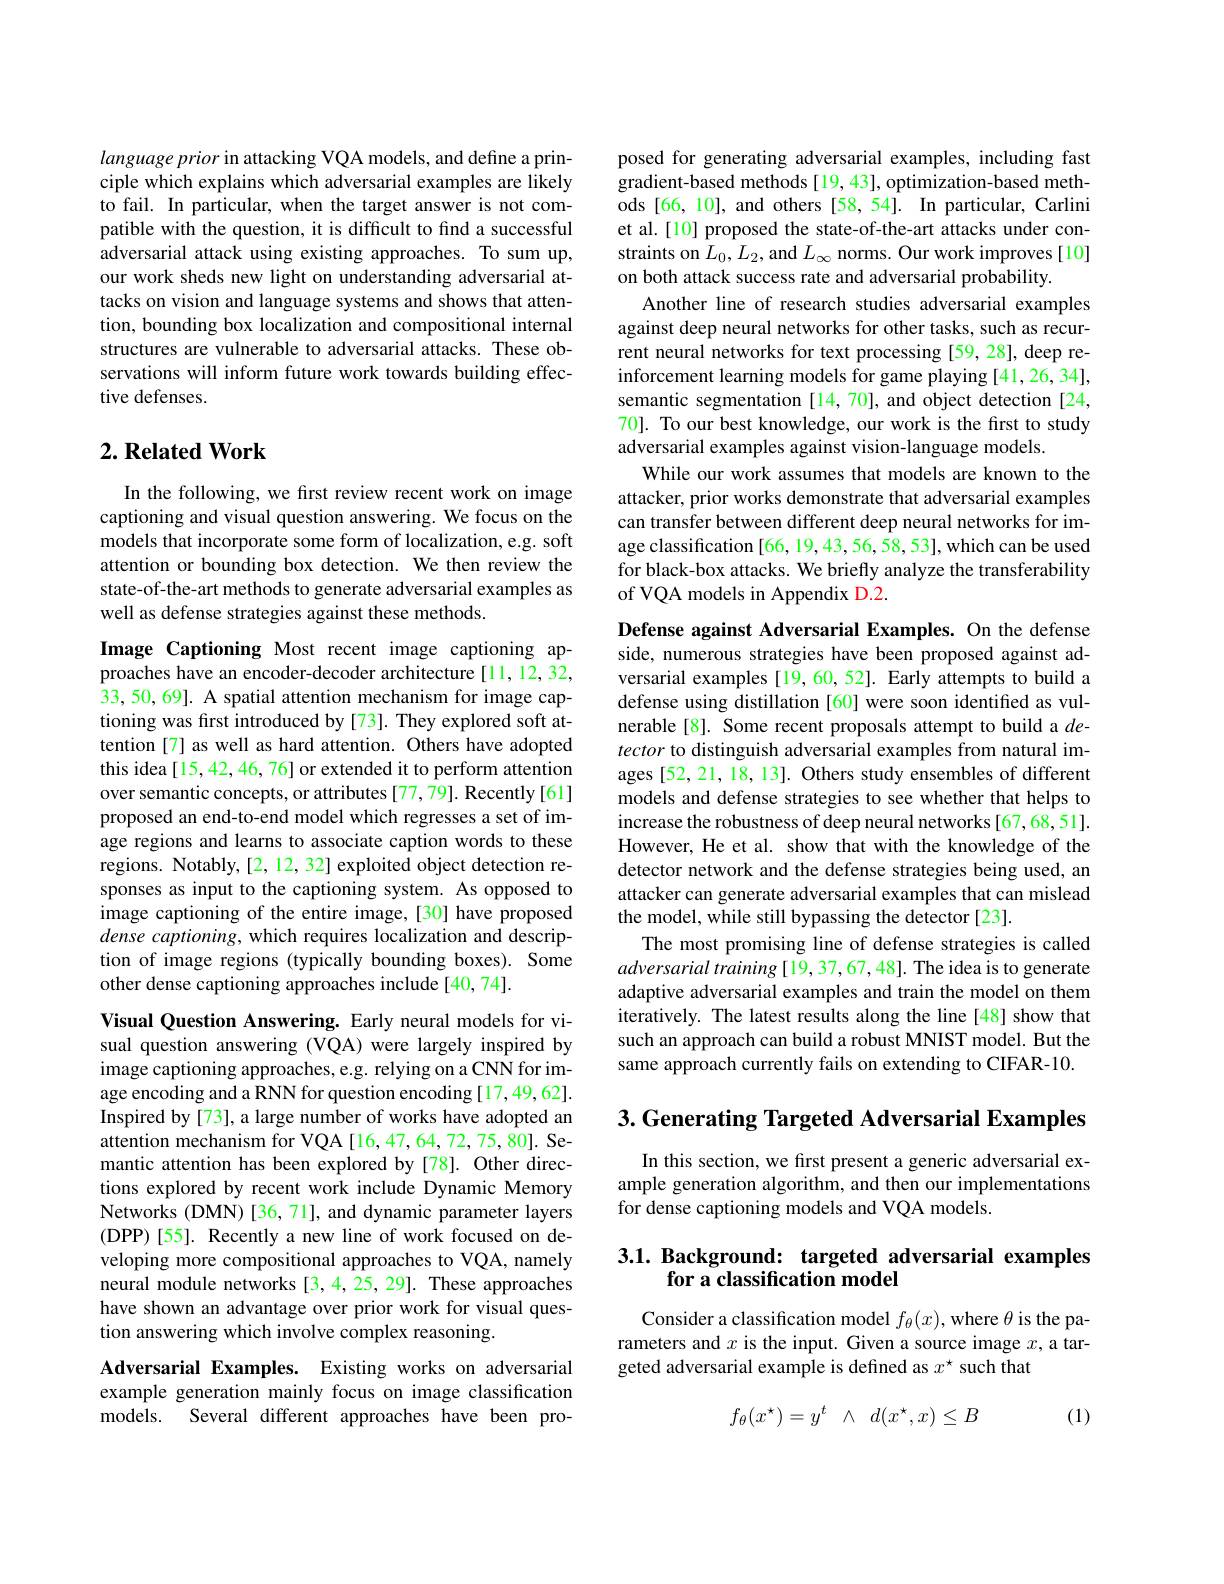
languageprior in attacking VQA models, and define a principle which explains which adversarial examples are likely to fail. In particular, when the target answer is not compatible with the question, it is difficult to find a successful adversarial attack using existing approaches. To sum up, our work sheds new light on understanding adversarial attacks on vision and language systems and shows that attention, bounding box localization and compositional internal structures are vulnerable to adversarial attacks. These observations will inform future work towards building effective defenses.

## $2. \textbf{Related Work}$

In the following, we first review recent work on image captioning and visual question answering. We focus on the models that incorporate some form of localization, e.g. soft attention or bounding box detection. We then review the state-of-the-art methods to generate adversarial examples as well as defense strategies against these methods.

Image Captioning Most recent image captioning approaches have an encoder-decoder architecture [11,12,32, 33,50,69]. A spatial attention mechanism for image captioning was fırst introduced by [73]. They explored soft attention [7] as well as hard attention. Others have adopted this idea[15,42,46,76] or extended it to perform attention over semantic concepts, or attributes [77,79]. Recently [61] proposed an end-to-end model which regresses a set of image regions and learns to associate caption words to these regions. Notably,[2,12,32] exploited object detection responses as input to the captioning system. As opposed to image captioning of the entire image,[30] have proposed dense captioning, which requires localization and description of image regions (typically bounding boxes). Some other dense captioning approaches include[40,74].

Visual Question Answering. Early neural models for visual question answering (VQA) were largely inspired by image captioning approaches, e.g. relying on a CNN for image encoding and a RNN for question encoding [17,49,62]. Inspired by [73], a large number of works have adopted an attention mechanism for VQA [16,47,64,72,75,80]. Semantic attention has been explored by [78]. Other directions explored by recent work include Dynamic Memory Networks (DMN) [36,71], and dynamic parameter layers (DPP)[55]. Recently a new line of work focused on developing more compositional approaches to VQA, namely neural module networks [3,4,25,29]. These approaches have shown an advantage over prior work for visual question answering which involve complex reasoning.

Adversarial Examples. Existing works on adversarial example generation mainly focus on image classification models. Several different approaches have been pro-

posed for generating adversarial examples, including fast gradient-based methods [19, 43], optimization-based methods [66, 10], and others [58, 54]. In particular, Carlini et al.[10] proposed the state-of-the-art attacks under constraints on $L_0,L_2$, and $L_\infty$ norms. Our work improves[10] on both attack success rate and adversarial probability.
Another line of research studies adversarial examples against deep neural networks for other tasks, such as recurrent neural networks for text processing [59,28], deep reinforcement learning models for game playing [41,26,34], semantic segmentation[14,70], and object detection[24, 70]. To our best knowledge, our work is the first to study adversarial examples against vision-language models.
While our work assumes that models are known to the attacker, prior works demonstrate that adversarial examples can transfer between different deep neural networks for image classification [66, 19,43,56,58, 53], which can be used for black-box attacks. We briefly analyze the transferability of VQA models in Appendix D.2.

Defense against Adversarial Examples. On the defense side, numerous strategies have been proposed against adversarial examples [19,60,52]. Early attempts to build a defense using distillation [60] were soon identified as vulnerable[8]. Some recent proposals attempt to build a $de-$ tector to distinguish adversarial examples from natural images [52, 21, 18, 13]. Others study ensembles of different models and defense strategies to see whether that helps to increase the robustness of deep neural networks [67,68,51]. However, He et al. show that with the knowledge of the detector network and the defense strategies being used, an attacker can generate adversarial examples that can mislead the model, while still bypassing the detector [23].
The most promising line of defense strategies is called adversarial training [19, 37, 67, 48]. The idea is to generate adaptive adversarial examples and train the model on them iteratively. The latest results along the line [48] show that such an approach can build a robust MNIST model. But the same approach currently fails on extending to CIFAR-10.

$3. \textbf{Generating Targeted Adversarial Examples}$

In this section, we first present a generic adversarial example generation algorithm, and then our implementations for dense captioning models and VQA models.

# 3.1. Background: targeted adversarial examples for a classification model

Consider a classification model $f_\theta(x)$, where $\theta$ is the parameters and $x$ is the input. Given a source image $x$, a targeted adversarial example is defined as $x^{\star}$ such that

(1)
$$\begin{matrix}f_\theta(x^\star)=y^t&\wedge&d(x^\star,x)\le B\end{matrix}$$